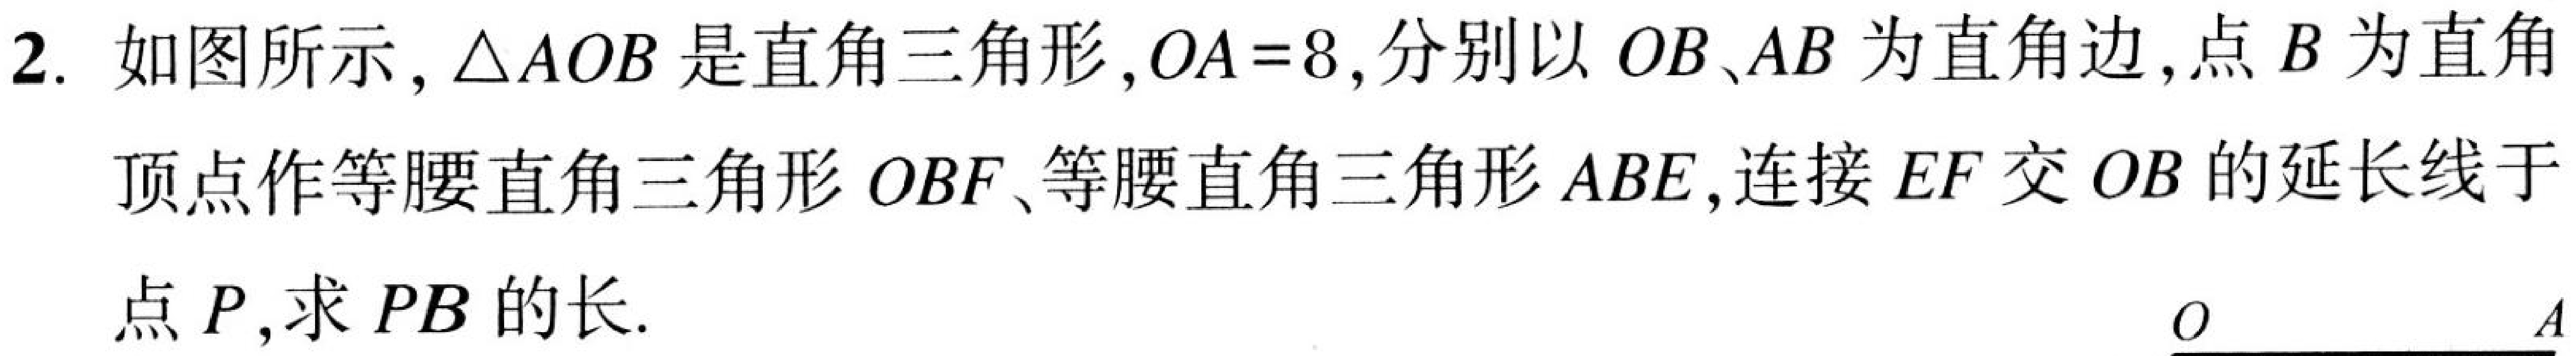
2. 如图所示, \(\triangle AOB\) 是直角三角形, \(OA = 8\), 分别以 \(OB\)、\(AB\) 为直角边,点 \(B\) 为直角
顶点作等腰直角三角形 \(OBF\)、等腰直角三角形 \(ABE\), 连接 \(EF\) 交 \(OB\) 的延长线于
点 \(P\), 求 \(PB\) 的长.